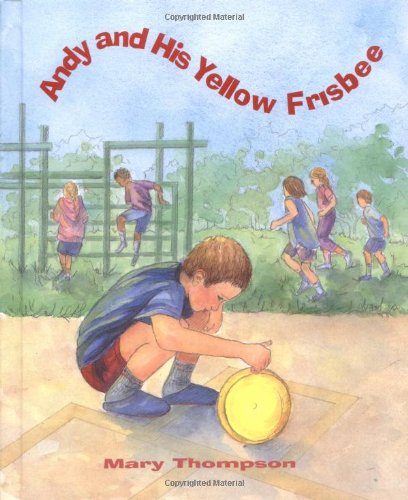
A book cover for Andy and His Yellow Frisbee (Woodbine House Special-Needs Collection); Mary Thompson; Law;